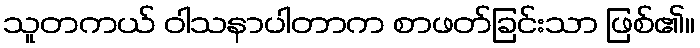
သူတကယ် ဝါသနာပါတာက စာဖတ်ခြင်းသာ ဖြစ်၏။